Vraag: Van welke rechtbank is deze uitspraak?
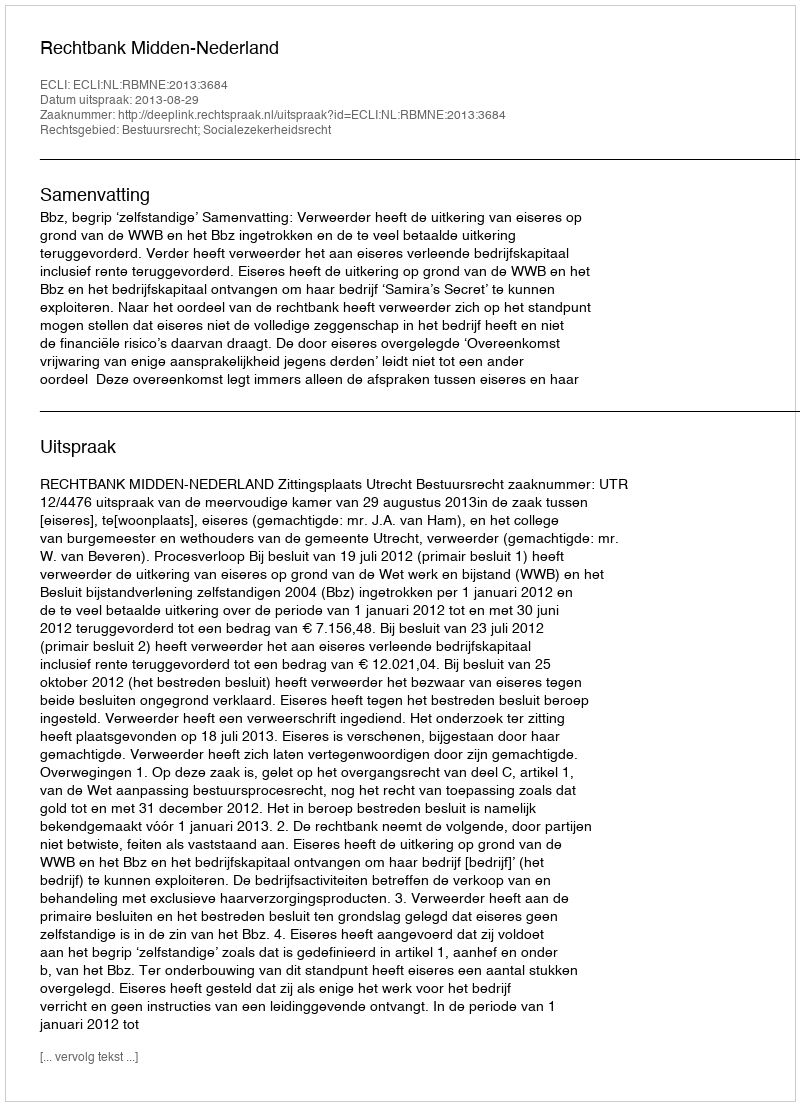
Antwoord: Rechtbank Midden-Nederland